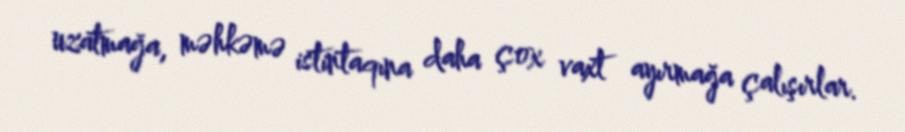
uzatmağa, məhkəmə istintaqına daha çox vaxt ayırmağa çalışırlar.